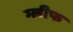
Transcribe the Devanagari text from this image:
ग्लीफ